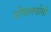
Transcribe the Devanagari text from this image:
गोपालयोगी